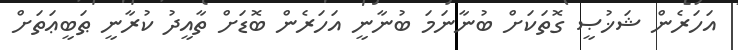
އަހަރެން ޝަޚުޞީ ގޮތަކަށް ބުނާނަމަ ބުނާނީ އަހަރެން ބޮޑަށް ތާއީދު ކުރާނީ ޠަބީޢަތަށް